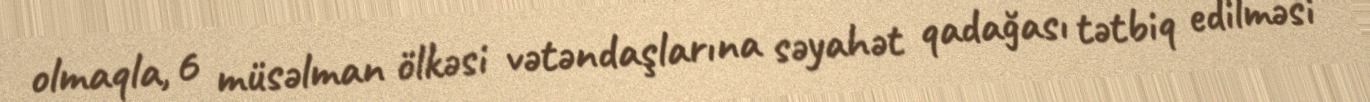
olmaqla, 6 müsəlman ölkəsi vətəndaşlarına səyahət qadağası tətbiq edilməsi